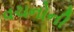
વચનોની